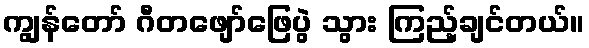
ကျွန်တော် ဂီတဖျော်ဖြေပွဲ သွား ကြည့်ချင်တယ်။